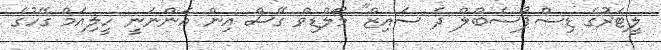
ލީޓަރުގެ ޑިސްޕޯސެބްލް ދެ ސައިޒް" މޯލްޑިވް ގޭސް އިން އަންނަނީ ހީލިއަމް ގޭހުގެ